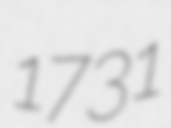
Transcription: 1731